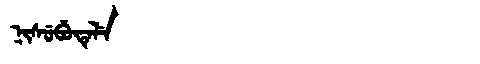
Manchu: ᠨᡳᠰᡠᠪᡠᡨᡝᠯᡝ
Romanization: NISUBUTELE